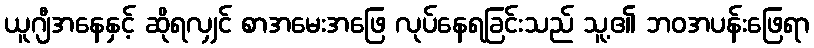
ယူဂျီအနေနှင့် ဆိုရလျှင် စာအမေးအဖြေ လုပ်နေရခြင်းသည် သူ့၏ ဘဝအပန်းဖြေရာ